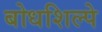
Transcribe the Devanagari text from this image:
बोधशिल्पे